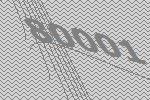
80001